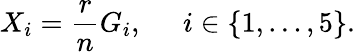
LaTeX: X_{i}=\frac{r}{n}G_{i},\; \; \; \; \; i\in\{ 1,\ldots,5\} .